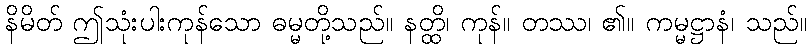
နိမိတ် ဤသုံးပါးကုန်သော ဓမ္မတို့သည်။ နတ္ထိ၊ ကုန်။ တဿ၊ ၏။ ကမ္မဋ္ဌာနံ၊ သည်။